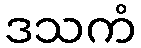
ဒသကံ